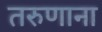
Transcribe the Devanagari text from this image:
तरुणाना